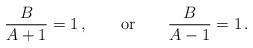
LaTeX: \begin{align*}{B\over A+1} = 1\,, \qquad \mbox{or} \qquad{B\over A-1} =1\,.\end{align*}